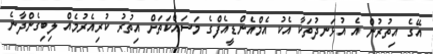
އޭގެ އިތުރުން އެ އުޅަނދުތަކާ އެކު އެމްއެންޑީއެފްގެ މަސައްކަތަށް އިތުރު ކުރިއެރުމެއް ލިބިގެންދާނެ